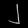
Digit: ၂